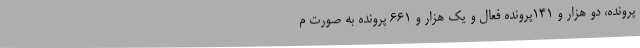
پرونده، دو هزار و 141پرونده فعال و یک هزار و 661 پرونده به صورت م